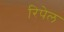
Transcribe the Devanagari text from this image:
रिपेल